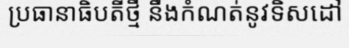
ប្រធានាធិបតីថ្មី នឹងកំណត់នូវទិសដៅ